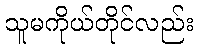
သူမကိုယ်တိုင်လည်း